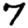
Digit: 7